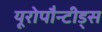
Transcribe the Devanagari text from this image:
यूरोपौन्टीड्स